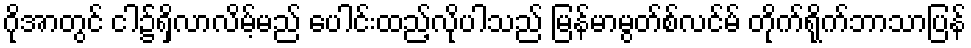
ဂိုအာတွင် ငါ၌ရှိလာလိမ့်မည် ပေါင်းထည့်လိုပါသည် မြန်မာမွတ်စ်လင်မ် တိုက်ရိုက်ဘာသာပြန်